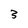
Character: 3